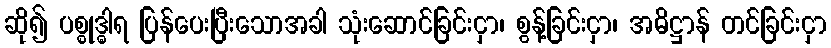
ဆို၍ ပစ္စုဒ္ဓါရ ပြန်ပေးပြီးသောအခါ သုံးဆောင်ခြင်းငှာ၊ စွန့်ခြင်းငှာ၊ အဓိဋ္ဌာန် တင်ခြင်းငှာ